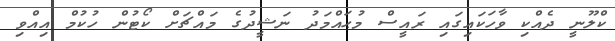
ކްލޫނީ ދެއްކި ވާހަކައިގައި ރައީސް މުޙައްމަދު ނަޝީދުގެ މައްޗަށް ކޯޓުން ހުކުމް އިއްވި